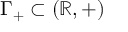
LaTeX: \Gamma _ { + } \subset ( \mathbb { R } , + )